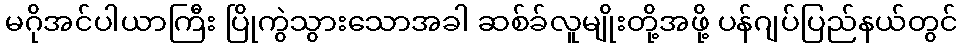
မဂိုအင်ပါယာကြီး ပြိုကွဲသွားသောအခါ ဆစ်ခ်လူမျိုးတို့အဖို့ ပန်ဂျပ်ပြည်နယ်တွင်